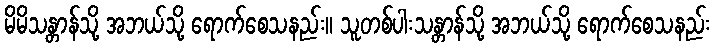
မိမိသန္တာန်သို့ အဘယ်သို့ ရောက်စေသနည်း။ သူတစ်ပါးသန္တာန်သို့ အဘယ်သို့ ရောက်စေသနည်း